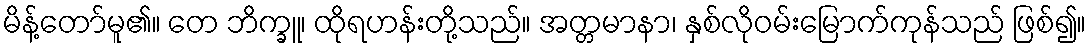
မိန့်တော်မူ၏။ တေ ဘိက္ခူ၊ ထိုရဟန်းတို့သည်။ အတ္တမာနာ၊ နှစ်လိုဝမ်းမြောက်ကုန်သည် ဖြစ်၍။